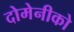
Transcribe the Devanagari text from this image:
दोमेनीको